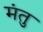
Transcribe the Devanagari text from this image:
मंतु